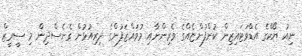
ނިއު ޔޯކްގެ އެޑްވަޓައިޒިން ކުންފުންޏެއްގެ ވެރިންނާއި މުވައްޒަފުންގެ ދިރިއުޅުން ގެނެސްދިން މި ސީރީޒް